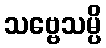
သဗ္ဗေသမ္ပိ